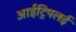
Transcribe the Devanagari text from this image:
आईट्रिपलई